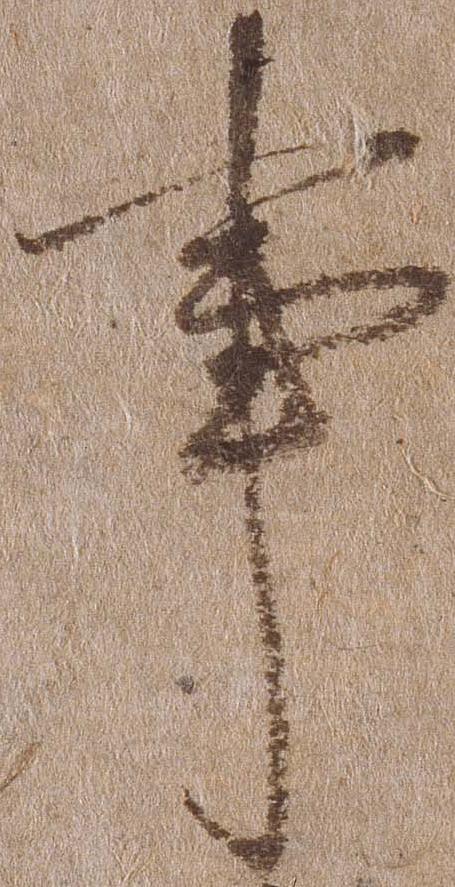
事